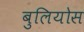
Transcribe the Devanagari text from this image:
बुलियोस